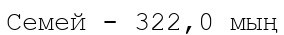
Семей - 322,0 мың